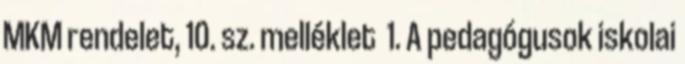
MKM rendelet, 10. sz. melléklet 1. A pedagógusok iskolai